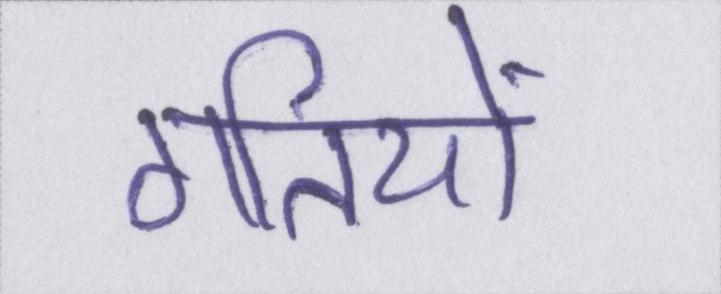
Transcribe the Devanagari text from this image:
गतियों